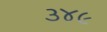
૩૪૯